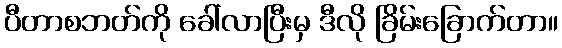
ပီတာစဘတ်ကို ခေါ်လာပြီးမှ ဒီလို ခြိမ်းခြောက်တာ။